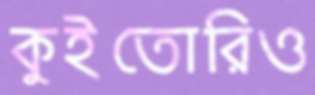
কুইতোরিও